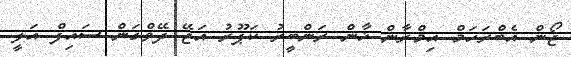
ޖޯން އެބްރަހަމް އިމްރާން ޚާން ރަންބީރު ކަޕޫރު އަޖޭ ދޭވްގަން ސައިފް އަލީ